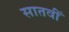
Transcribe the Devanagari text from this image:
सातवीँ